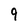
Character: 9